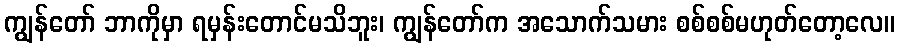
ကျွန်တော် ဘာကိုမှာ ရမှန်းတောင်မသိဘူး၊ ကျွန်တော်က အသောက်သမား စစ်စစ်မဟုတ်တော့လေ။